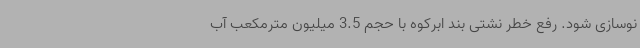
نوسازی شود. رفع خطر نشتی بند ابرکوه با حجم 3.5 میلیون مترمکعب آب